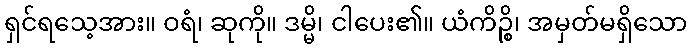
ရှင်ရသေ့အား။ ဝရံ၊ ဆုကို။ ဒမ္မိ၊ ငါပေး၏။ ယံကိဉ္စိ၊ အမှတ်မရှိသော